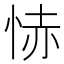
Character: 㤸